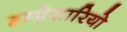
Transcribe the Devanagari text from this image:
इम्प्रेसारियो